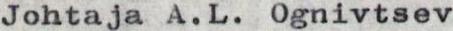
Johtaja A.L .Ognivtsev